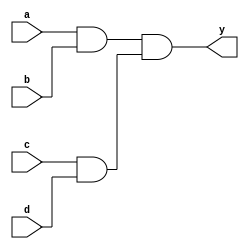
`timescale 1ns / 1ps
//////////////////////////////////////////////////////////////////////////////////
// Company: 
// Engineer: 
// 
// Design Name: 
// Module Name: lab76_and_with_grouping
// Project Name: 
// Target Devices: 
// Tool Versions: 
// Description: 
// 
// Dependencies: 
// 
// Revision:
// Revision 0.01 - File Created
// Additional Comments:
// 
//////////////////////////////////////////////////////////////////////////////////


module lab76_and_with_grouping(
                    input a, b, c, d, 
                    output y
    );
assign y = (a && b) && ( c && d);   
endmodule